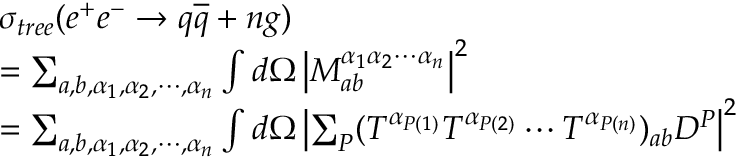
\begin{array} { l } { { \sigma _ { t r e e } ( e ^ { + } e ^ { - } \rightarrow q \overline { { { q } } } + n g ) } } \\ { { = \sum _ { a , b , \alpha _ { 1 } , \alpha _ { 2 } , \cdots , \alpha _ { n } } \int d \Omega \left| M _ { a b } ^ { \alpha _ { 1 } \alpha _ { 2 } \cdots \alpha _ { n } } \right| ^ { 2 } } } \\ { { = \sum _ { a , b , \alpha _ { 1 } , \alpha _ { 2 } , \cdots , \alpha _ { n } } \int d \Omega \left| \sum _ { P } ( T ^ { \alpha _ { P ( 1 ) } } T ^ { \alpha _ { P ( 2 ) } } \cdots T ^ { \alpha _ { P ( n ) } } ) _ { a b } D ^ { P } \right| ^ { 2 } } } \end{array}